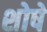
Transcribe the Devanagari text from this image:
शोषे